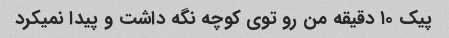
پیک ۱۰ دقیقه من رو توی کوچه نگه داشت و پیدا نمیکرد